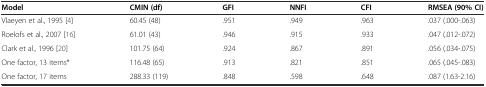
| Model | CMIN (df) | GFI | NNFI | CFI | RMSEA (90% CI) |
 | --- | --- | --- | --- | --- | --- |
 | Vlaeyen et al., 1995 [4] | 60.45 (48) | .951 | .949 | .963 | .037 (.000-.063) |
 | Roelofs et al., 2007 [16] | 61.01 (43) | .946 | .915 | .933 | .047 (.012-.072) |
 | Clark et al., 1996 [20] | 101.75 (64) | .924 | .867 | .891 | .056 (.034-.075) |
 | One factor, 13 items* | 116.48 (65) | .913 | .821 | .851 | .065 (.045-.083) |
 | One factor, 17 items | 288.33 (119) | .848 | .598 | .648 | .087 (1.63-2.16) |